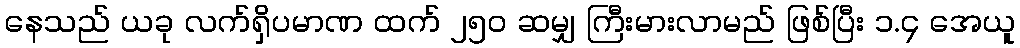
နေသည် ယခု လက်ရှိပမာဏ ထက် ၂၅၀ ဆမျှ ကြီးမားလာမည် ဖြစ်ပြီး ၁.၄ အေယူ